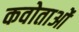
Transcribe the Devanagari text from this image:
कवोताओं